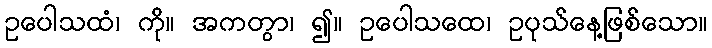
ဥပေါသထံ၊ ကို။ အကတွာ၊ ၍။ ဥပေါသထေ၊ ဥပုသ်နေ့ဖြစ်သော။